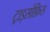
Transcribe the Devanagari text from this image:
ट्राइसोफ़िस